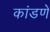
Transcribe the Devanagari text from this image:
कांडणे